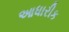
આધારીક